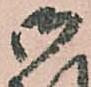
御